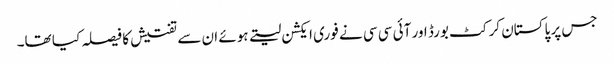
جس پر پاکستان کرکٹ بورڈ اور آئی سی سی نے فوری ایکشن لیتے ہوئے ان سے تفتیش کا فیصلہ کیا تھا۔